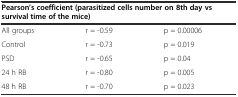
<table><thead><tr><td colspan="3"><b>Pearson’s coefficient (parasitized cells number on 8th day vs survival time of the mice)</b></td></tr></thead><tbody><tr><td>All groups</td><td>r = -0.59</td><td>p = 0.00006</td></tr><tr><td>Control</td><td>r = -0.73</td><td>p = 0.019</td></tr><tr><td>PSD</td><td>r = -0.65</td><td>p = 0.04</td></tr><tr><td>24 h RB</td><td>r = -0.80</td><td>p = 0.005</td></tr><tr><td>48 h RB</td><td>r = -0.70</td><td>p = 0.023</td></tr></tbody></table>